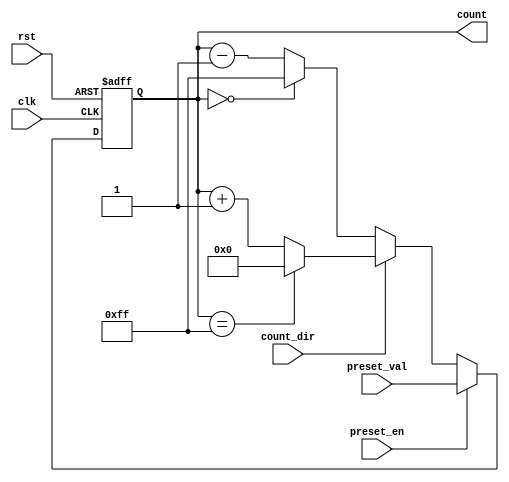
module presettable_counter (
    input wire clk,                // Clock signal
    input wire rst,                // Asynchronous reset
    input wire preset_en,          // Preset enable signal
    input wire [7:0] preset_val,   // Preset value (8-bit)
    input wire count_dir,          // Count direction (1 = up, 0 = down)
    output reg [7:0] count         // Current count value (8-bit)
);

    // Define maximum count value for wrap-around
    localparam MAX_COUNT = 8'hFF;  // 255 for an 8-bit counter

    // Asynchronous reset and preset functionality
    always @(posedge clk or posedge rst) begin
        if (rst) begin
            count <= 8'b0;          // Reset count to 0
        end else if (preset_en) begin
            count <= preset_val;    // Load preset value
        end else begin
            // Counting operation
            if (count_dir) begin
                // Count up
                if (count == MAX_COUNT) begin
                    count <= 8'b0;  // Wrap around to 0
                end else begin
                    count <= count + 1; // Increment count
                end
            end else begin
                // Count down
                if (count == 8'b0) begin
                    count <= MAX_COUNT; // Wrap around to MAX_COUNT
                end else begin
                    count <= count - 1; // Decrement count
                end
            end
        end
    end

endmodule